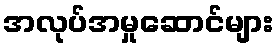
အလုပ်အမှုဆောင်များ